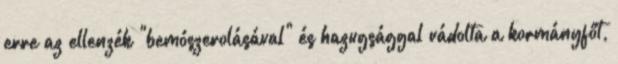
erre az ellenzék "bemószerolásával" és hazugsággal vádolta a kormányfőt,